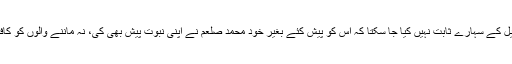
کیا یہ بات سمجھنےکے لئے کافی نہیں کہ محمد صلعم کا دعویٰ نبوت ہرگز بھی توریت و انجیل کے سہارے ثابت نہیں کیا جا سکتا کہ اس کو پیش کئے بغیر خود محمد صلعم نے اپنی نبوت پیش بھی کی، نہ ماننے والوں کو کافر بھی قرار دیا اور مسلمان ہو جانے والوں کو ایمان کے اعلیٰ درجات کی خوشخبریاں بھی دیں۔